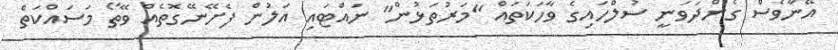
އޭނާވެސް ގެންދަވަނީ ސުލްހައިގެ ވާހަކަތައް "މަރުތަޅުން" ނައްޓައި އަލުން ފެށޭނޭގޮތެއް ވޭތޯ މަސައްކަތް